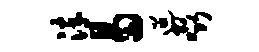
淬曷迢啜